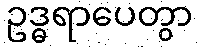
ဥဒ္ဓရာပေတွာ